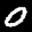
Label: 0